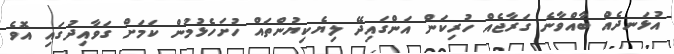
އުޅަނދެއް ބާއްވާނެ ގަރާޖެއް ހުރިކަން އަންގައިދޭ ލިޔެކިޔުންތައް ހުށަހެޅުމުން ކަމަށް ގަވާއިދުގައި އޮވެ